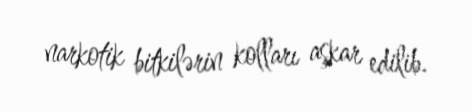
narkotik bitkilərin kolları aşkar edilib.